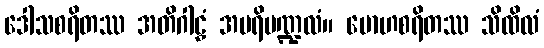
ဒေါသစရိတဿ အတိဂါဠှံ အပရိမဏ္ဍလံ။ မောဟစရိတဿ သိထိလံ